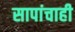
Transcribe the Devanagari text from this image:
सापांचाही